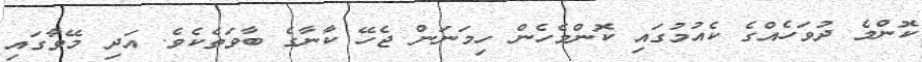
ކޮންމެ ދުވަހެއްގެ ކެއުމުގައި ކޮންމެހެން ހިމަނަން ޖެހޭ ކާނާގެ ބާވަތެކެވެ. އަދި މޭވާގައި